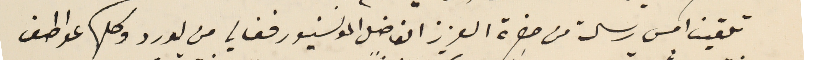
تلقينا امس رسالة من حضرة العزيز الفاضل المونسنيور فغالي من لورد وكلها عواطف